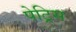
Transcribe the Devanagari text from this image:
पेट्रिस